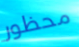
محظور